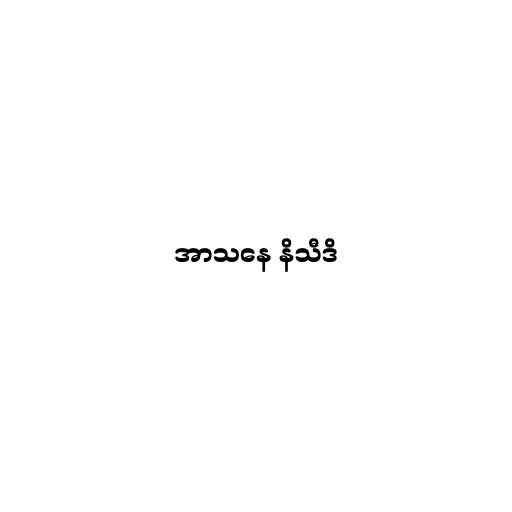
အာသနေ နိသီဒိ